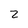
Character: 2